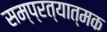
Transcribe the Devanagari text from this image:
सम्प्रत्यात्मक